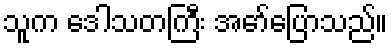
သူက ဒေါသတကြီး အော်ပြောသည်။